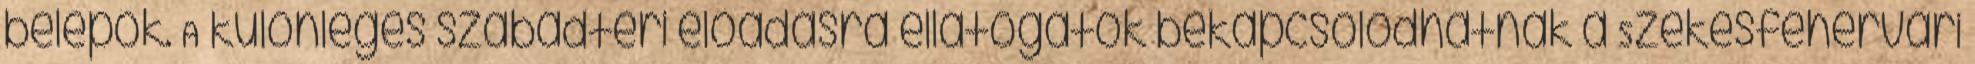
belépők. A különleges szabadtéri előadásra ellátogatók bekapcsolódhatnak a Székesfehérvári